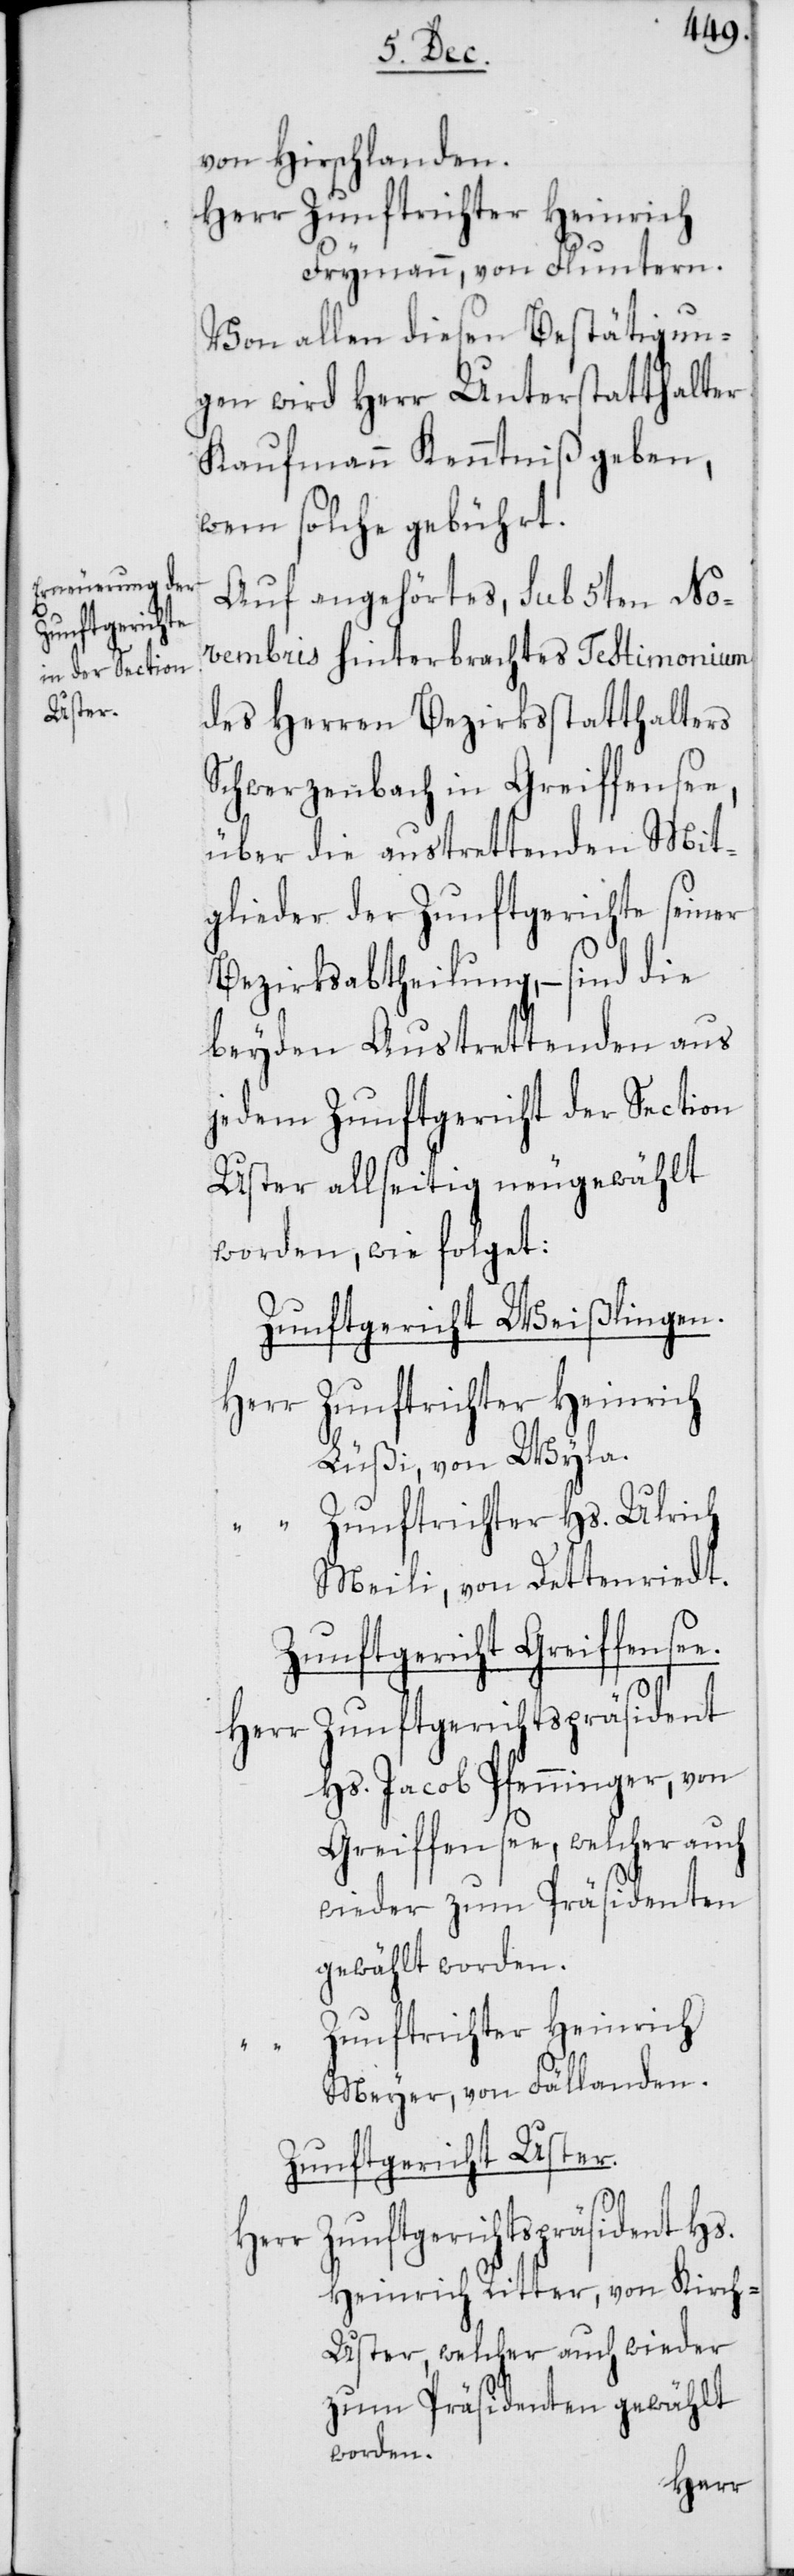
von Hirschlanden.
Herr Zunftrichter Heinrich
Frymann, von Fluntern.
Von allen diesen Bestätigun¬
gen wird Herr Unterstatthalter
Kaufmann Kenntniß geben,
wem solche gebührt.
Auf angehörtes, sub 5ten No¬
vembris hinterbrachtes Testimonium
des Herren Bezirksstatthalters
Schwerzenbach in Greiffensee,
über die austrettenden Mit¬
glieder der Zunftgerichte seiner
Bezirksabtheilung, – sind die
beyden Austrettenden aus
jedem Zunftgericht der Section
Uster allseitig neugewählt
worden, wie folget:
Zunftgericht Weißlingen.
Herr Zunftrichter Heinrich
Lüßi, von Wyla.
“ Zunftrichter Hs. Ulrich
Meili, von Dettenriedt.
Zunftgericht Greiffense¬
Zunftgerichtspräsident
Hs. Jacob Pfenninger, von
Greiffensee, welcher auch
Zunftrichter Heinrich
e.
Meyer, von Fällanden.
Zunftgericht Uster.
Zunftgerichtspräsident Hs.
Heinrich Ritter, von Kirch-U¬
ster, welcher auch wieder
zum Präsidenten gewählt
worden.
Herr